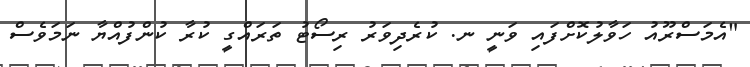
"އެމަސްރޫއު ހަވާލުކޮށްފައި ވަނީ ނ. ކުރެދިވަރު ރިސޯޓު ތަރައްގީ ކުރާ ކުންފުއްޔާ ނަމަވެސް